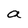
Character: a